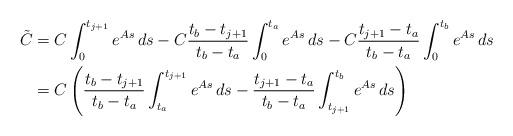
LaTeX: \begin{align*} \tilde C &= C \int_0^{t_{j+1}}e^{As} \, ds -C\frac{t_b-t_{j+1}}{t_b-t_a}\int_0^{t_a}e^{As} \, ds -C\frac{t_{j+1}-t_a}{t_b-t_a}\int_0^{t_b}e^{As} \, ds \\&=C \left( \frac{t_b-t_{j+1}}{t_b-t_a} \int_{t_a}^{t_{j+1}} e^{As} \, ds - \frac{t_{j+1}-t_a}{t_b-t_a}\int_{t_{j+1}}^{t_b} e^{As} \, ds \right)\end{align*}